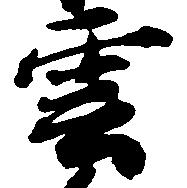
雲